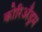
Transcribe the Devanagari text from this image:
कोरिअँड्रम